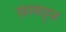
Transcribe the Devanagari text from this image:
सामा्न